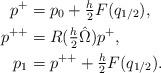
LaTeX: \begin{align*} \begin{aligned} p^+ &= p_0 + \tfrac{h}{2} F ( q_{1/2} ), \\ p^{++} &= R(\tfrac{h}{2}\hat \Omega) p^+, \\ p_1 &= p^{++} + \tfrac{h}{2} F ( q_{1/2} ).\end{aligned}\end{align*}